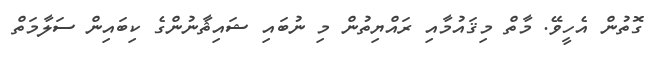
ގޮތުން އެހީވޭ. މާތް މިޤައުމާއި ރައްޔިތުން މި ނުބައި ޝައިޘާނުންގެ ކިބައިން ސަލާމަތް